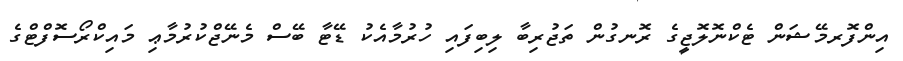
އިންފޮރމޭޝަން ޓެކްނޮލޮޖީގެ ރޮނގުން ތަޖުރިބާ ލިބިފައި ހުރުމާއެކު ޑޭޓާ ބޭސް މެނޭޖްކުރުމާޢި މައިކްރޯސޮފްޓްގެ